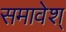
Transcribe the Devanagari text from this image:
समावेश्